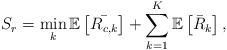
LaTeX: \begin{align*} S_r=\min_{k}\mathbb{E}\left[\bar{R_{c,k}}\right]+\sum_{k=1}^K \mathbb{E}\left[\bar{R}_k\right],\end{align*}